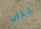
جذاب